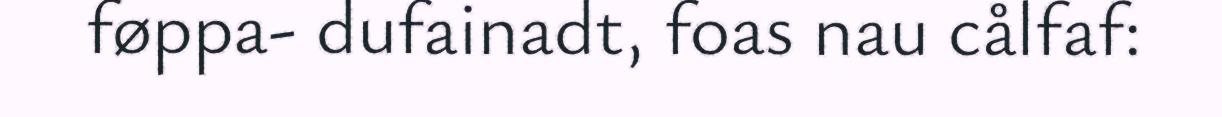
føppa- dufainadt, foas nau cålfaf: